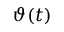
\vartheta ( t )